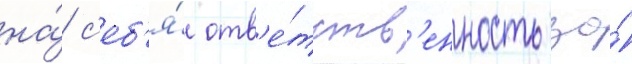
на́ с'еб'я́ отв'е́тств'енность за́